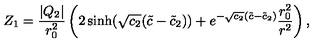
Z _ { 1 } = \frac { | Q _ { 2 } | } { r _ { 0 } ^ { 2 } } \left( 2 \sinh ( \sqrt { c _ { 2 } } ( \tilde { c } - \tilde { c } _ { 2 } ) ) + e ^ { - \sqrt { c _ { 2 } } ( \tilde { c } - \tilde { c } _ { 2 } ) } \frac { r _ { 0 } ^ { 2 } } { r ^ { 2 } } \right) ,